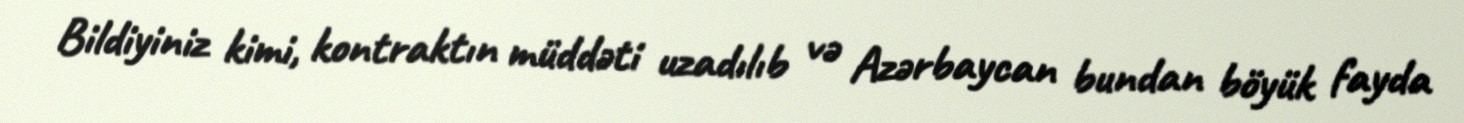
Bildiyiniz kimi, kontraktın müddəti uzadılıb və Azərbaycan bundan böyük fayda